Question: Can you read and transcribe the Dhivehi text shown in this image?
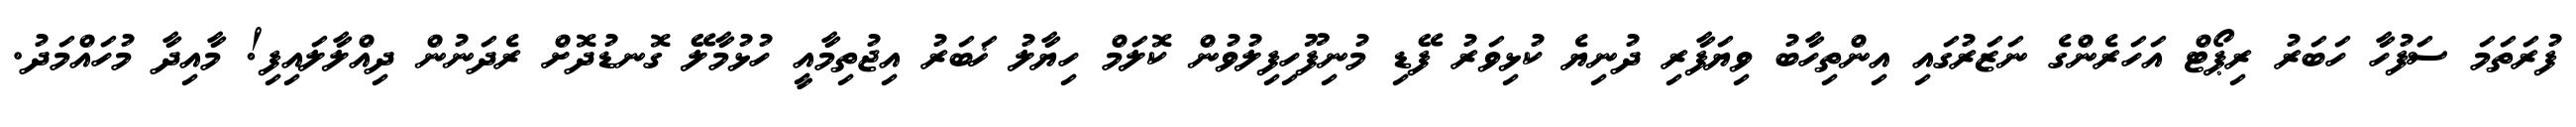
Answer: ފުރަތަމަ ސަފުހާ ހަބަރު ރިޕޯޓް އަހަރެންގެ ނަޒަރުގައި އިންތިހާބު ވިޔަފާރި ދުނިޔެ ކުޅިވަރު ފޭޑި މުނިފޫހިފިލުވުން ކޮލަމް ހިޔާލު ޚަބަރު އިޖުތިމާއީ ހުޅުމާލޭ ގޮނޑުދޮށް ރެދަނުން ދިއްލާލައިފި! މާއިދާ މުހައްމަދު.